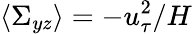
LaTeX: \langle\Sigma_{yz}\rangle=-u_{\tau}^{2}/H